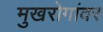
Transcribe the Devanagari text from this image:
मुखरोगांवर